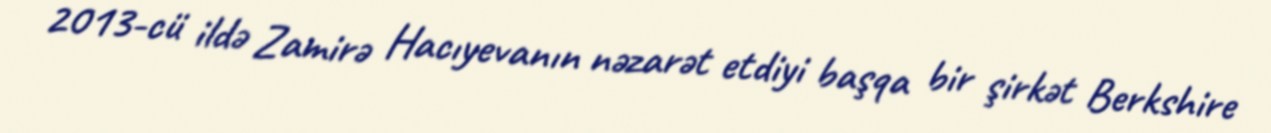
2013-cü ildə Zamirə Hacıyevanın nəzarət etdiyi başqa bir şirkət Berkshire